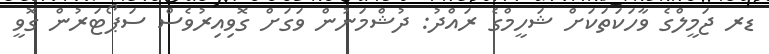
ޑރ ޖަމީލްގެ ވާހަކަތަކަށް ޝަހީމްގެ ރައްދު: ދުޝްމަނުން ވަގަށް ގޮވިއިރުވެސް ސަޕޯޓަރުން ގޮވީ